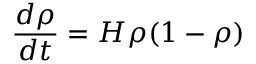
\frac { d \rho } { d t } = H \rho ( 1 - \rho )